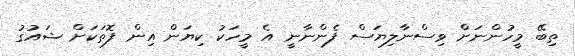
ތިބޭ މީހުންނަށް ވިސްނާލިޔަސް ފެންނާނީ އެ މީހަކު ކިޔަން އިން ފޮތަކަށް ޝައުގު